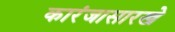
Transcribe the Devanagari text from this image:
कारंजासारखे